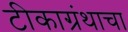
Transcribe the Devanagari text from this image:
टीकाग्रंथाचा